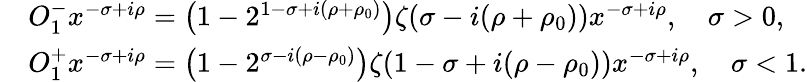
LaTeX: \begin{array}{rl}&{O_{1}^{-}x^{-\sigma+i\rho}=\left(1-2^{1-\sigma+i(\rho+\rho_{0})}\right)\zeta(\sigma-i(\rho+\rho_{0}))x^{-\sigma+i\rho},\quad\sigma>0,}\\ &{O_{1}^{+}x^{-\sigma+i\rho}=\left(1-2^{\sigma-i(\rho-\rho_{0})}\right)\zeta(1-\sigma+i(\rho-\rho_{0}))x^{-\sigma+i\rho},\quad\sigma<1.}\end{array}